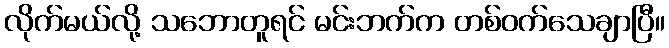
လိုက်မယ်လို့ သဘောတူရင် မင်းဘက်က တစ်ဝက်သေချာပြီ။